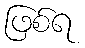
ဖြစ်ရ